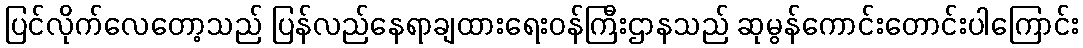
ပြင်လိုက်လေတော့သည် ပြန်လည်နေရာချထားရေးဝန်ကြီးဌာနသည် ဆုမွန်ကောင်းတောင်းပါကြောင်း